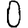
Digit: 0